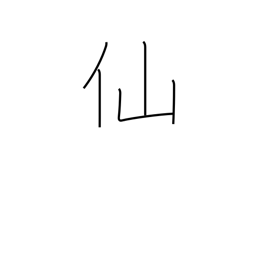
Meaning: cent